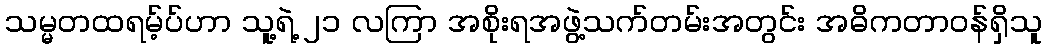
သမ္မတထရမ့်ပ်ဟာ သူ့ရဲ့ ၂၁ လကြာ အစိုးရအဖွဲ့သက်တမ်းအတွင်း အဓိကတာဝန်ရှိသူ